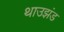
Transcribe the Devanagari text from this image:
थाउझंड